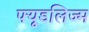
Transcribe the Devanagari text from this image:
फ्यूडलिज्म